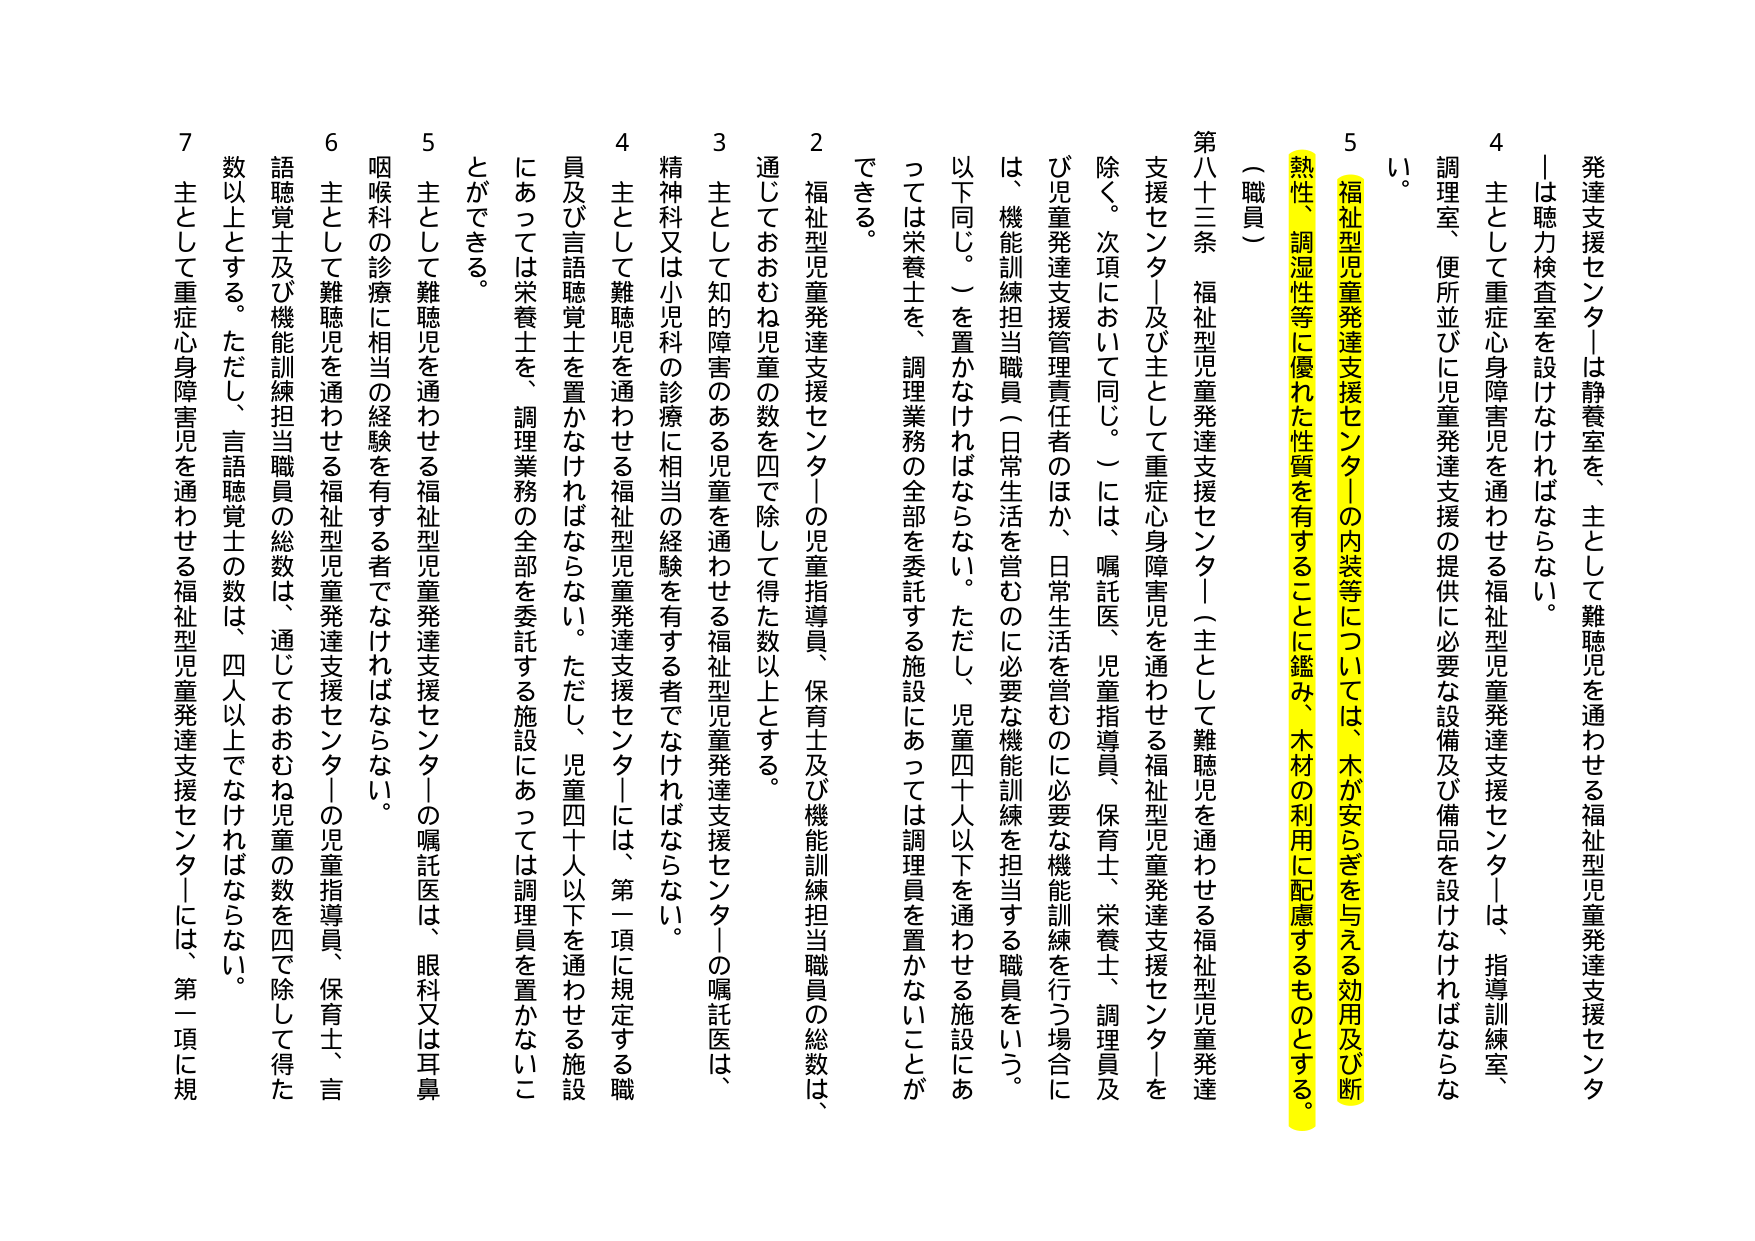
発達支援センターは静養室を、主として難聴児を通わせる福祉型児童発達支援センターは聴力検査室を設けなければならない。

4 主として重症心身障害児を通わせる福祉型児童発達支援センターは、指導訓練室、調理室、便所並びに児童発達支援の提供に必要な設備及び備品を設けなければならない。

5 福祉型児童発達支援センターの内装等については、木が安らぎを与える効用及び断熱性、調湿性等に優れた性質を有することに鑑み、木材の利用に配慮するものとする。

（職員）

第八十三条 福祉型児童発達支援センター（主として難聴児を通わせる福祉型児童発達支援センター）及び主として重症心身障害児を通わせる福祉型児童発達支援センターを除く。次項において同じ。）には、嘱託医、児童指導員、保育士、栄養士、調理員及び児童発達支援管理責任者のほか、日常生活を営むのに必要な機能訓練を行う場合に は、機能訓練担当職員（日常生活を営むのに必要な機能訓練を担当する職員をいう。以下同じ。）を置かなければならない。ただし、児童四十人以下を通わせる施設にあっては栄養士を、調理業務の全部を委託する施設にあっては調理員を置かないことができる。

2 福祉型児童発達支援センターの児童指導員、保育士及び機能訓練担当職員の総数は、通じておおむね児童の数を四で除して得た数以上とする。

3 主として知的障害のある児童を通わせる福祉型児童発達支援センターの嘱託医は、精神科又は小児科の診療に相当の経験を有する者でなければならない。

4 主として難聴児を通わせる福祉型児童発達支援センターには、第一項に規定する職員及び言語聴覚士を置かなければならない。ただし、児童四十人以下を通わせる施設にあっては栄養士を、調理業務の全部を委託する施設にあっては調理員を置かないことができる。

5 主として難聴児を通わせる福祉型児童発達支援センターの嘱託医は、眼科又は耳鼻咽喉科の診療に相当の経験を有する者でなければならない。

6 主として難聴児を通わせる福祉型児童発達支援センターの児童指導員、保育士、言語聴覚士及び機能訓練担当職員の総数は、通じておおむね児童の数を四で除して得た数以上とする。ただし、言語聴覚士の数は、四人以上でなければならない。

7 主として重症心身障害児を通わせる福祉型児童発達支援センターには、第一項に規